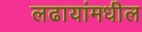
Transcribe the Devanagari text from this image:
लढायांमधील